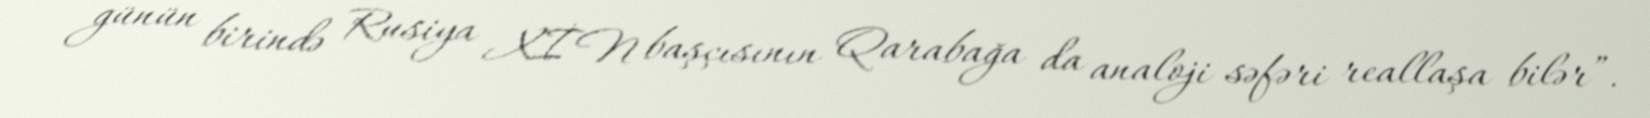
günün birində Rusiya XİN başçısının Qarabağa da analoji səfəri reallaşa bilər”.